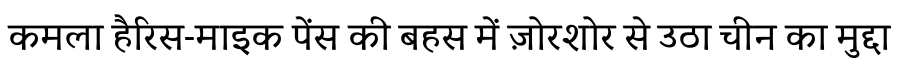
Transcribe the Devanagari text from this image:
कमला हैरिस-माइक पेंस की बहस में ज़ोरशोर से उठा चीन का मुद्दा